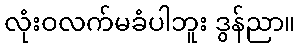
လုံးဝလက်မခံပါဘူး ဒွန်ညာ။